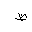
Letter: _za